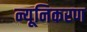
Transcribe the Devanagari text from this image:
न्यूनिकरण